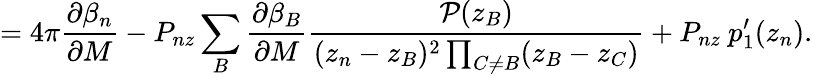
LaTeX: =4\pi\frac{\partial\beta_{n}}{\partial M}-P_{nz}\sum_{B}\frac{\partial\beta_{B}}{\partial M}\frac{{\cal P}(z_{B})}{(z_{n}-z_{B})^{2}\prod_{C\neq B}(z_{B}-z_{C})}+P_{nz}~p_{1}^{\prime}(z_{n}).